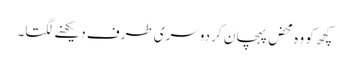
کچھ کو وہ محض پہچان کر دوسری طرف دیکھنے لگتا۔